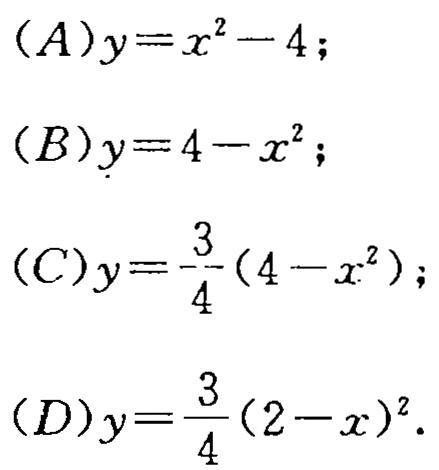
\((A)y = x^{2}-4;\)
\((B)y = 4 - x^{2};\)
\((C)y=\frac{3}{4}(4 - x^{2});\)
\((D)y=\frac{3}{4}(2 - x)^{2}.\)